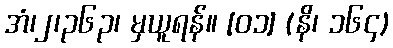
အံ၊၂၊၃၆၃၊ မှယူရန်။ [၀၁] (နိ၊ ၁၆၄)